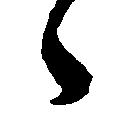
々